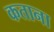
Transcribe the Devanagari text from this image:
कताना